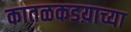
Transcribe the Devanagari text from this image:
कातळकडय़ाच्या